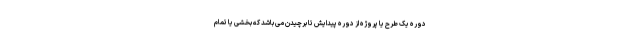
دوره یک طرح یا پروژه از دوره پیدایش تا برچیدن می باشد که بخشی یا تمام